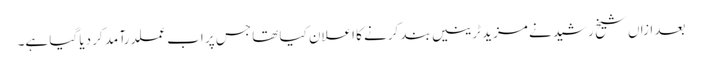
بعد ازاں شیخ رشید نے مزید ٹرینیں بند کرنے کا اعلان کیا تھا جس پر اب عملدرآمد کر دیا گیا ہے۔